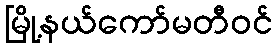
မြို့နယ်ကော်မတီဝင်